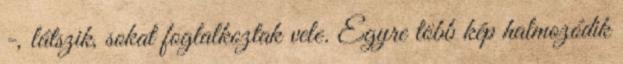
-, látszik, sokat foglalkoztak vele. Egyre több kép halmozódik